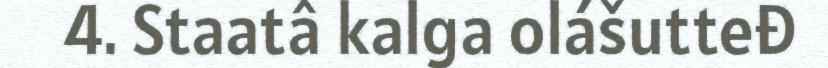
4. Staatâ kalga olášutteđ